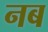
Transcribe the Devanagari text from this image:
नब